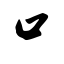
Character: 口